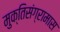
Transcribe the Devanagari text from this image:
मुक्तिसंग्रामास